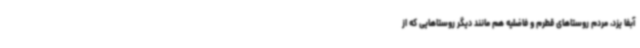
آبفا یزد، مردم روستاهای قطرم و فاضلیه هم مانند دیگر روستاهایی که از